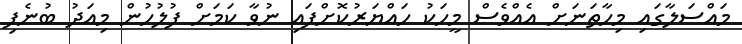
މައްސަލާގައި މިހާތަނަށް އެއްވެސް މީހަކު ހައްޔަރުކޮށްފައި ނުވާ ކަމަށް ފުލުހުން މިއަދު ބުނެފި